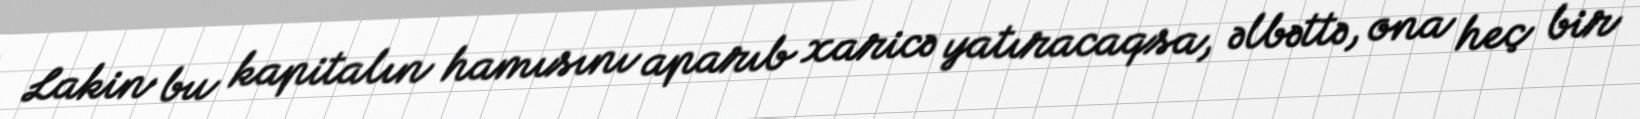
Lakin bu kapitalın hamısını aparıb xaricə yatıracaqsa, əlbəttə, ona heç bir